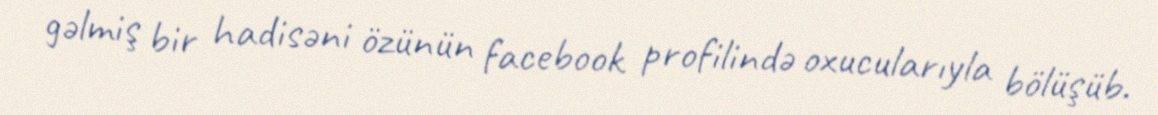
gəlmiş bir hadisəni özünün facebook profilində oxucularıyla bölüşüb.